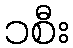
၁စီး